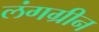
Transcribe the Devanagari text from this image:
लंगग्रीन